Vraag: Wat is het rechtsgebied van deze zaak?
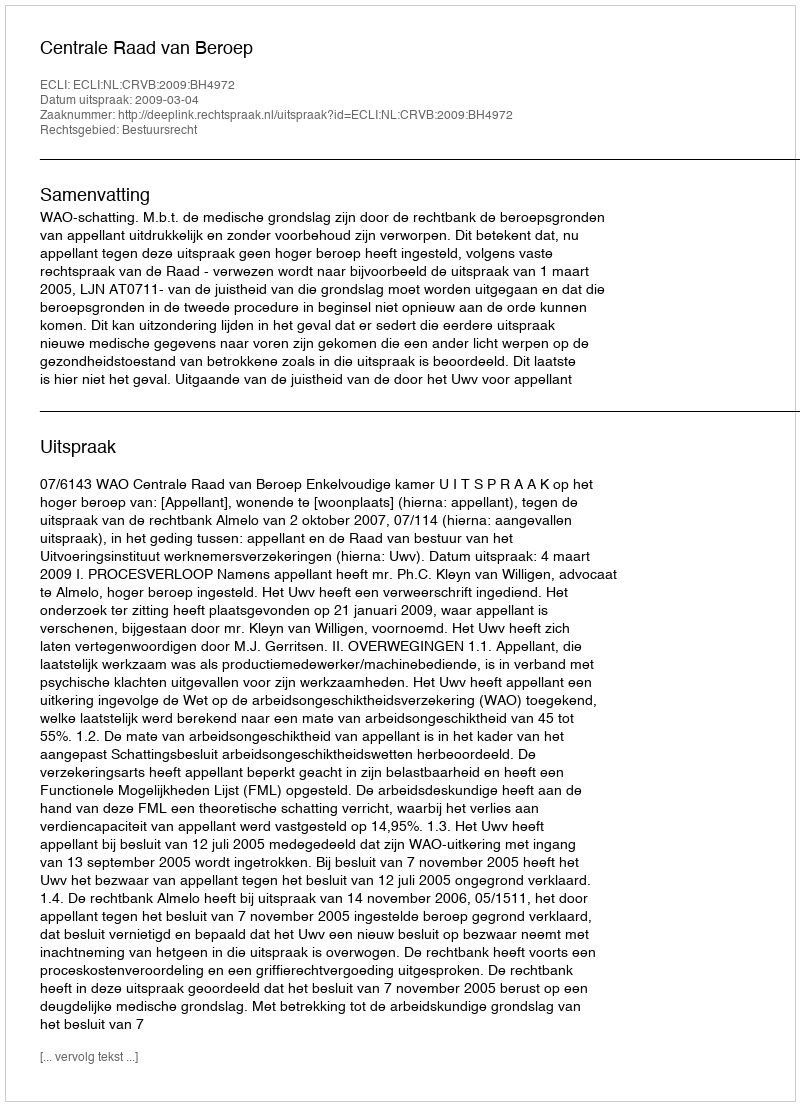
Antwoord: Bestuursrecht